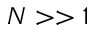
N > > 1